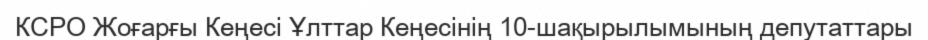
КСРО Жоғарғы Кеңесі Ұлттар Кеңесінің 10-шақырылымының депутаттары